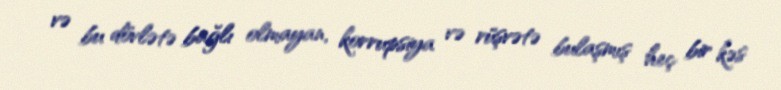
və bu dövlətə bağlı olmayan, korrupsiya və rüşvətə bulaşmış heç bir kəs